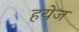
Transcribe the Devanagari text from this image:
हयेज